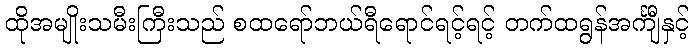
ထိုအမျိုးသမီးကြီးသည် စထရော်ဘယ်ရီရောင်ရင့်ရင့် တက်ထရွန်အင်္ကျီနှင့်